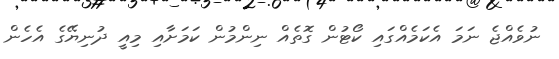
ނުވެއްޖެ ނަމަ އެކަމެއްގައި ކޯޓުން ގޮތެއް ނިންމުން ކަމަށާއި މިއީ ދުނިޔޭގެ އެހެން